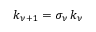
k _ { \nu + 1 } = \sigma _ { \nu } \, k _ { \nu }